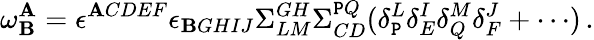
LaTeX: \omega_{\mathbf{B}}^{\mathbf{A}}=\epsilon^{\mathbf{A}CDEF}\epsilon_{\mathbf{B}GHIJ}\Sigma_{LM}^{GH}\Sigma_{CD}^{\mathtt{P}Q}(\delta_{\mathtt{P}}^{L}\delta_{E}^{I}\delta_{Q}^{M}\delta_{F}^{J}+\cdots)\, .